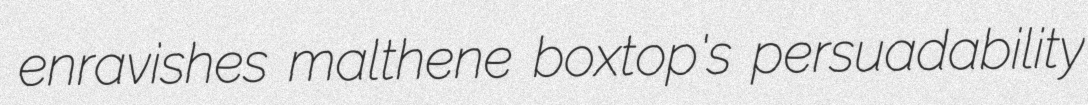
enravishes malthene boxtop's persuadability